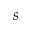
s